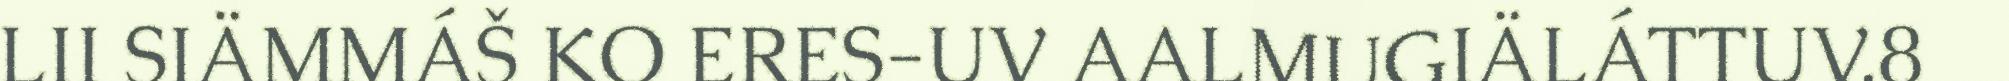
LII SIÄMMÁŠ KO ERES-UV AALMUGIÄLÁTTUV.8